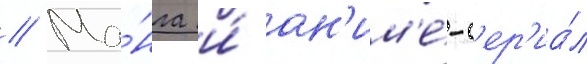
// Ма́нга и́ ан'им'е́-с'ер'иа́л